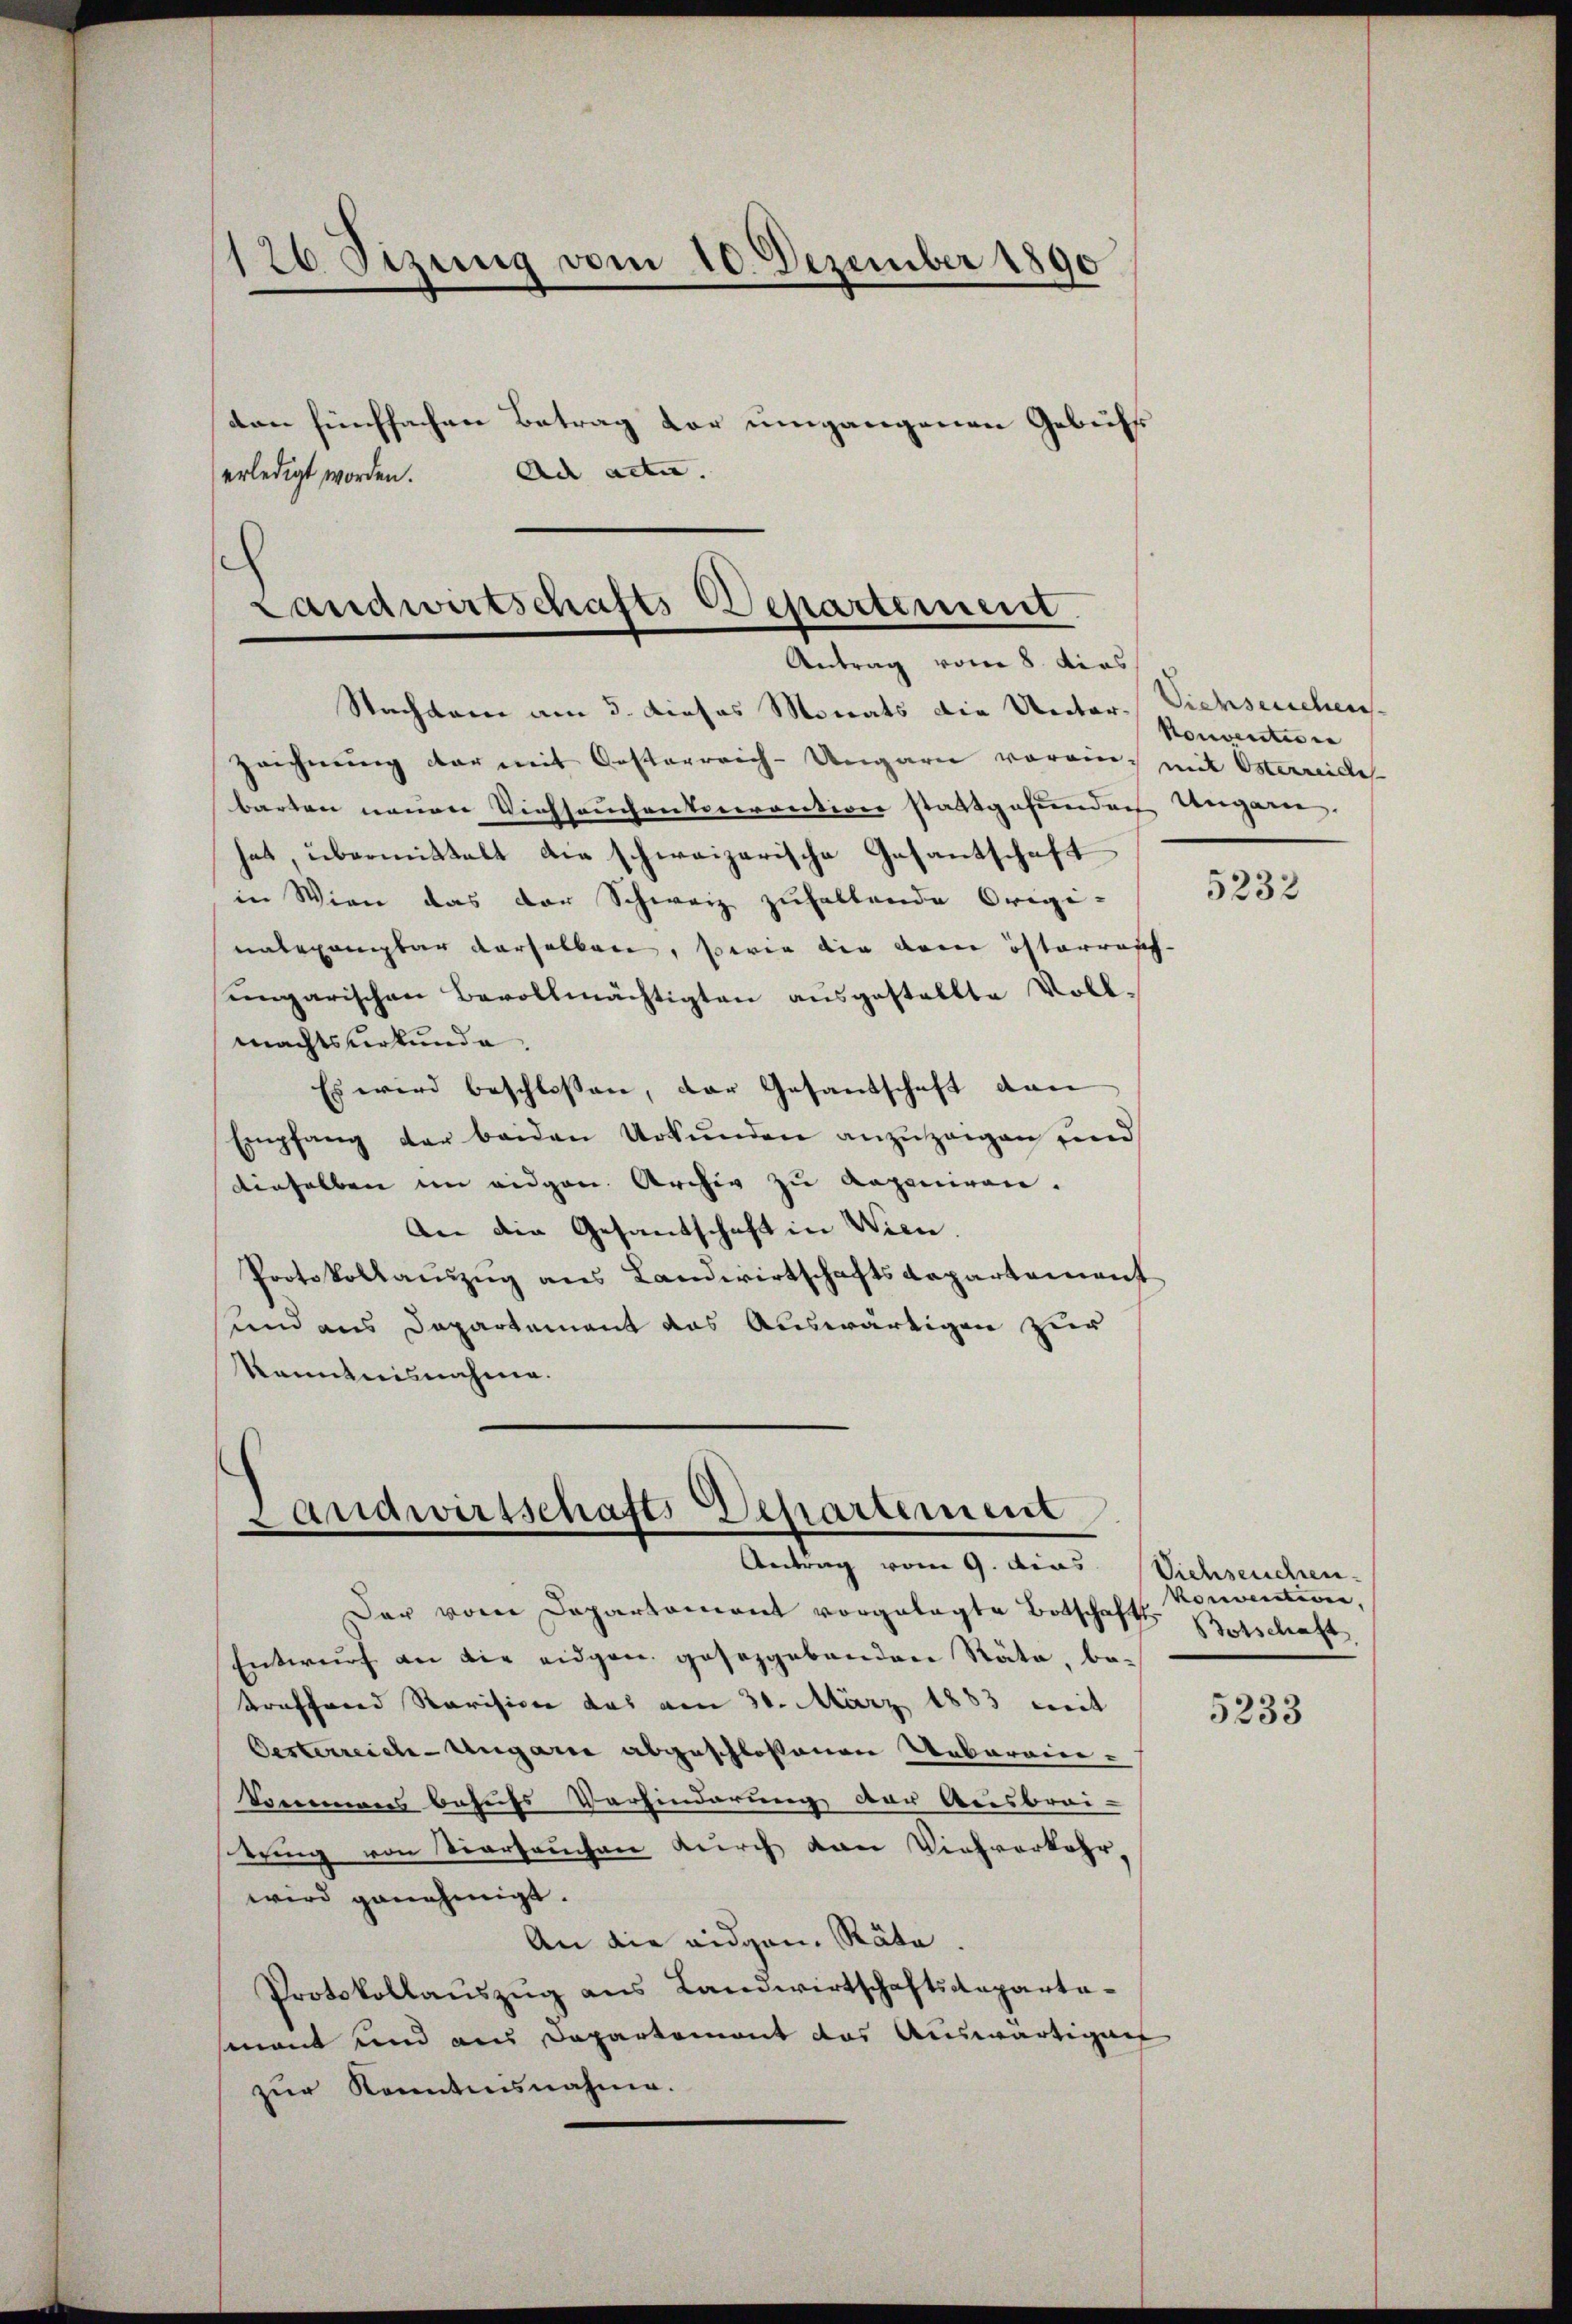
126 Sizung vom 10. Dezember 1890
ton fünffachen Betrag der umgangenen Gebühr
Ad acta.
erledigt worden.

Landwirtschafts-Departement
Antrag vom 8. dies
Nachdem am 3. dieses Monats die Unter. Viehseuchens-

zeichnung der mit Oesterreich-Ungarn vorein, mit Osterreiches
barten neuen Viehseuchenterrection stattgefunden Ungarie
hat, übermittelt die schweizerische Gesantschaft
in Wien das der Schweiz zuhaltende Origi-
nnbegangbar verselben, sowie die dem österrasch-
ungarischen Bevollmächtigten ausgestellte Vollmachtsurkunde.
Es wird beschlossen, der Gesandschaft dan
Empfang der beiden Urkunden anzuzeigen und
denselben im eidgen. Archiv zu Raponiren.
An die Gesandschaft in Wien.
Protokollauszug aus Landwirtschaftsdepartement
und aus Departement das Auswärtigen zur
Kenntnisnahme.

Landwirtschafts-Departement
Antrag vom 9. dies Viehseuchen.

Der vom Departament vorgelegte Botschafts Betschaft.
Entwurf an die eidgen. gesezgebenden Räte, be¬
Sraffend Revisione das am 30. März 1883 mit
Oesterreich-Ungarn abgeschlossenen Ueberein-
kommens behufs Vorhinderung der Ausbrei-
tring von Vierfruchen durch von Viehverkehr,
wird genehmigt.
An die eidgen. Räte.
Protokollauszug aus Landwirtschaftsaepartamant und aus Departement des Auswärtigung
zur Kenntnisnahme.

Konventione

5232

Konvention,

5233